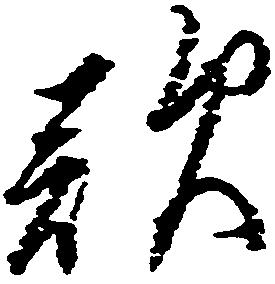
歎